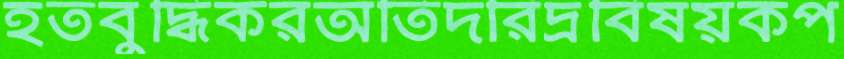
হতবুদ্ধিকরঅতিদরিদ্রবিষয়কপ